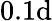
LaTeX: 0.1\mathrm{d}